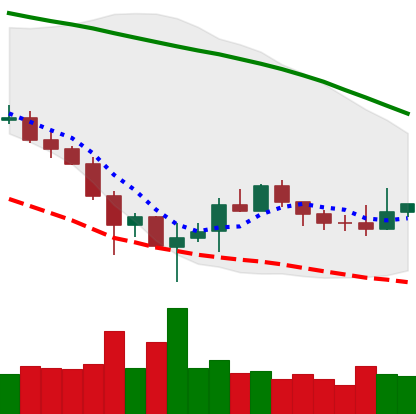
Ticker: BTC-USD
Chart end date: 2019-12-06
Forward return: -4.367%
Label: down_3_5